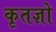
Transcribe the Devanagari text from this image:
कृतज्ञो